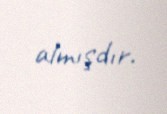
almışdır.